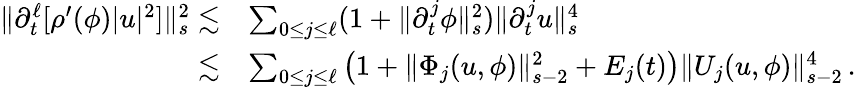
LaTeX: \begin{array}{rl}{\| \partial_{t}^{\ell}[\rho^{\prime}(\phi)|u|^{2}]\| _{s}^{2}\lesssim}&{\sum_{0\leq j\leq\ell}(1+\| \partial_{t}^{j}\phi\| _{s}^{2})\| \partial_{t}^{j}u\| _{s}^{4}}\\ {\lesssim}&{\sum_{0\leq j\leq\ell}\big(1+\| \Phi_{j}(u,\phi)\| _{s-2}^{2}+E_{j}(t)\big)\| U_{j}(u,\phi)\| _{s-2}^{4}\, .}\end{array}